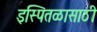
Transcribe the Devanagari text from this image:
इस्पितळासाठी